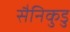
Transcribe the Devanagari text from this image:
सैनिकुडु